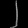
Digit: ၂